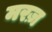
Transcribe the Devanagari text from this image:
मरज़